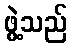
ဖွဲ့သည်